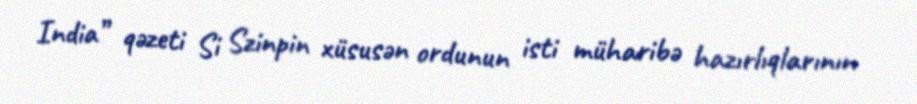
India” qəzeti Si Szinpin xüsusən ordunun isti müharibə hazırlıqlarının